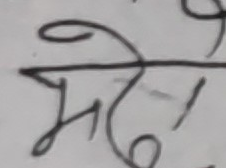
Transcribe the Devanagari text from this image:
मले